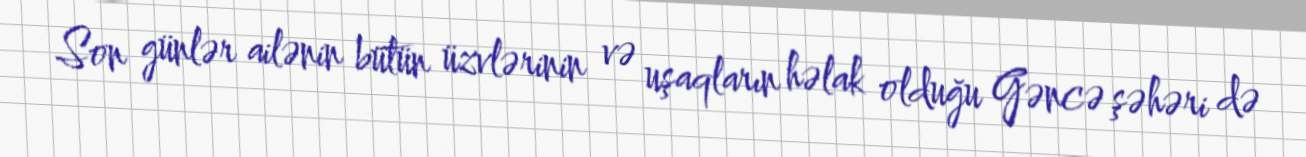
Son günlər ailənin bütün üzvlərinin və uşaqların həlak olduğu Gəncə şəhəri də